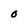
Character: O